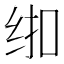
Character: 𱺚